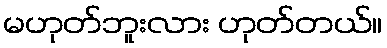
မဟုတ်ဘူးလား ဟုတ်တယ်။